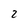
Character: 2